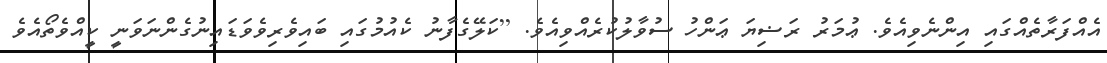
އެއްފަރާތެއްގައި އިންނެވިއެވެ. ޢުމަރު ރަޟިޔަ ޢަންހު ސުވާލުކުރެއްވިއެވެ. [ކަލޭގެފާނު ކެއުމުގައި ބައިވެރިވެވަޑައިނުގެންނަވަނީ ކީއްވެތޯއެވެ